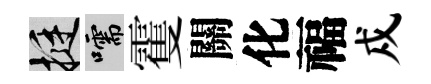
挺嚅䨥關化福戍